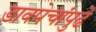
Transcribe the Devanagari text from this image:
डावपेचांपुढे